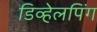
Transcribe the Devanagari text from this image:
डिव्हेलपिंग